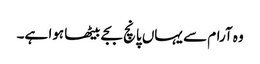
وہ آرام سے یہاں پانچ بجے بیٹھا ہوا ہے۔